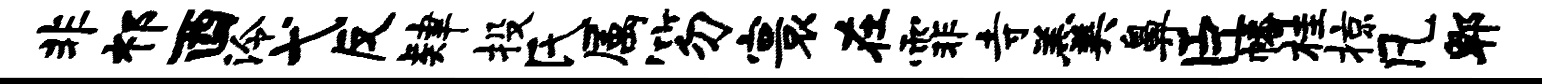
非祁酉泠弋反肄投氏属笏寰在霏寺羹鼻臣幡桂掠凡郫